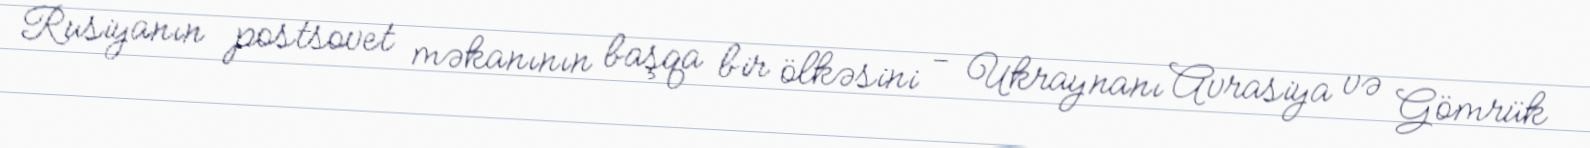
Rusiyanın postsovet məkanının başqa bir ölkəsini - Ukraynanı Avrasiya və Gömrük